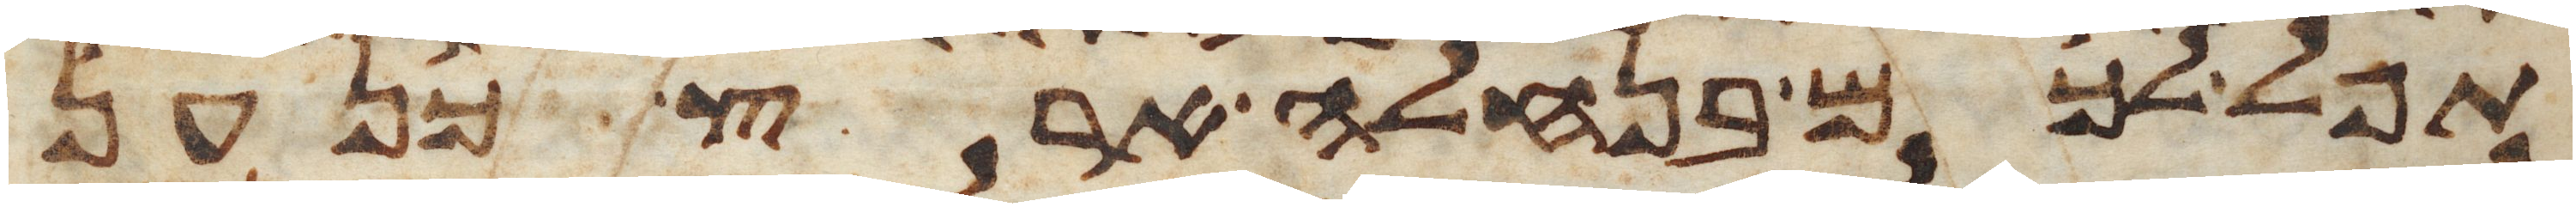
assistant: תפל לכם בנחלה ארץ כנען